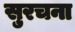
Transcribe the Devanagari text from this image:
सुरचना